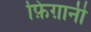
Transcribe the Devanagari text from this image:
फ़िग़ानी